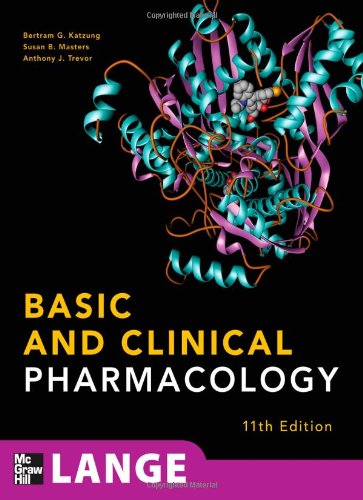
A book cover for Basic and Clinical Pharmacology, 11th Edition (LANGE Basic Science); Bertram Katzung; Medical Books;